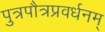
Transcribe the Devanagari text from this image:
पुत्रपौत्रप्रवर्धनम्